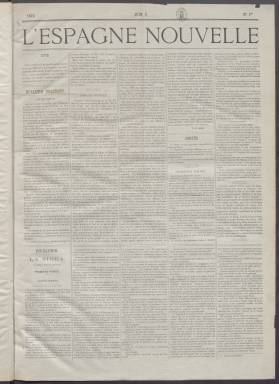
Título: L'Espagne nouvelle
Colección: Periódicos
Ámbito geográfico: Madrid
Lugar de publicación: Madrid
Fechas: 03/06/1872-20/07/1872